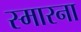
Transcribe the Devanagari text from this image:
स्मारना